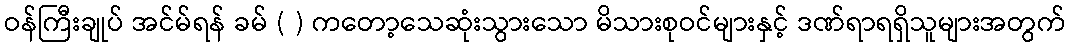
ဝန်ကြီးချုပ် အင်မ်ရန် ခမ် ( ) ကတော့သေဆုံးသွားသော မိသားစုဝင်များနှင့် ဒဏ်ရာရရှိသူများအတွက်